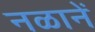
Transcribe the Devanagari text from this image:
नळानें